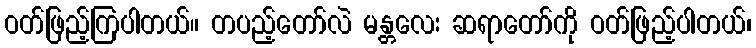
ဝတ်ဖြည့်ကြပါတယ်။ တပည့်တော်လဲ မန္တလေး ဆရာတော်ကို ဝတ်ဖြည့်ပါတယ်၊